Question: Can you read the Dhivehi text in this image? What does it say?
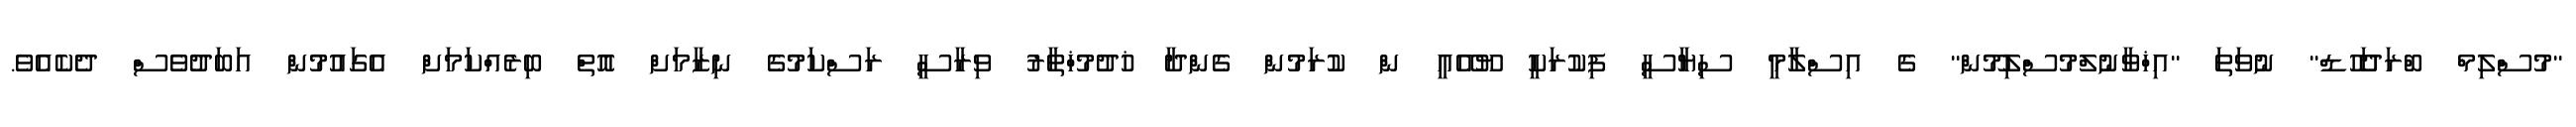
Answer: "މުސްލިމް ބްރަދަހޫޑް" ނުވަތަ "އިޚްވާނުލްމުސްލިމޫން" ގެ އިސްލާމީ ސިޔާސީ ފިކުރަކީ ޔޫއޭއީ ން ކުރަމުން ގެންދާ ޚުދުމުޚްތާރު ވިރާސީ ރަސްކަމުގެ ނިޒާމަށް އޮތް ބިރެއްކަމަށް އެގައުމުން އަބަދުވެސް ދެކެއެވެ.